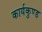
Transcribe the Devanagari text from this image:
कार्यकुण्ड